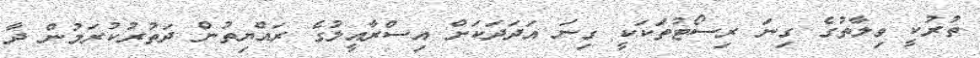
ތުރުކީ ވިލާތުގެ ގިނަ ރިސޯޓުތަކަކީ ގިނަ އަދަދަކަށް އިސްރާއީލުގެ ރައްޔިތުން ދަތުރުކުރަމުން ދާ